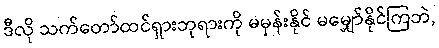
ဒီလို သက်တော်ထင်ရှားဘုရားကို မမှန်းနိုင် မမျှော်နိုင်ကြဘဲ,